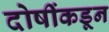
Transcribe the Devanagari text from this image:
दोषींकडून